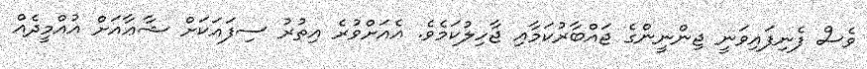
ވެސް ފެނިފައިވަނީ ޖިންނީންގެ ޖައްބާރުކަމާއި ޖާހިލުކަމެވެ. އެއަށްވުރެ އިތުރު ސިފައަކަށް ޝާޢާއަށް އުއްމީދެއް